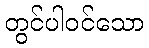
တွင်ပါဝင်သော